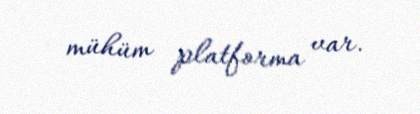
mühüm platforma var.